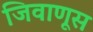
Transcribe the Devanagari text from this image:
जिवाणूस